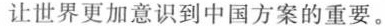
让世界更加意识到中国方案的重要。